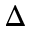
\Delta